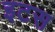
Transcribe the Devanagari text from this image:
इटस